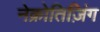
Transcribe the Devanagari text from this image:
नेक्रोतिज़िंग